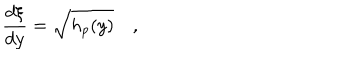
{ \frac { d \xi } { d y } } = \sqrt { h _ { p } ( y ) } \quad ,